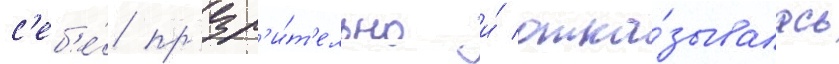
с'еб'е́ пр'езр'и́т'ельно и́ отка́зывалась